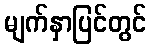
မျက်နှာပြင်တွင်